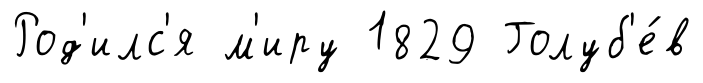
Род'илс'я м'иру 1829 Голуб'е́в